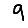
Digit: 9